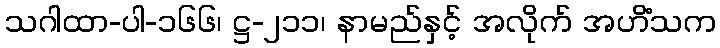
သဂါထာ-ပါ-၁၆၆၊ ဋ္ဌ-၂၁၁၊ နာမည်နှင့် အလိုက် အဟိံသက